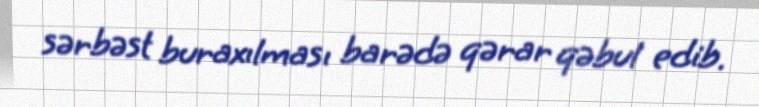
sərbəst buraxılması barədə qərar qəbul edib.